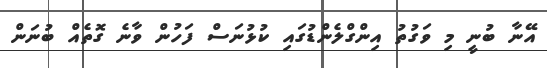
އޭނާ ބުނީ މި ވަގުތު އިންގްލެންޑުގައި ކުޅުނަސް ފަހުން ވާނެ ގޮތެއް ބުނަން